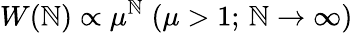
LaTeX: W(\mathbb{N})\propto\mu^{\mathbb{N}}\; (\mu>1;\, \mathbb{N}\to\infty)